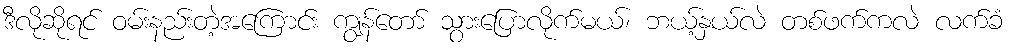
ဒီလိုဆိုရင် ဝမ်းနည်းတဲ့အကြောင်း ကျွန်တော် သွားပြောလိုက်မယ်၊ ဘယ့်နှယ်လဲ တစ်ဖက်ကလဲ လက်ခံ